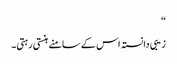
‘‘
زیبی دانستہ اس کے سامنے ہنستی رہتی۔